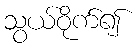
သွယ်ဝိုက်၍